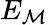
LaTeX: E_{\mathcal{M}}